Leaving Certificate Examination (including Day School Certificate (Higher) General paper), 1937
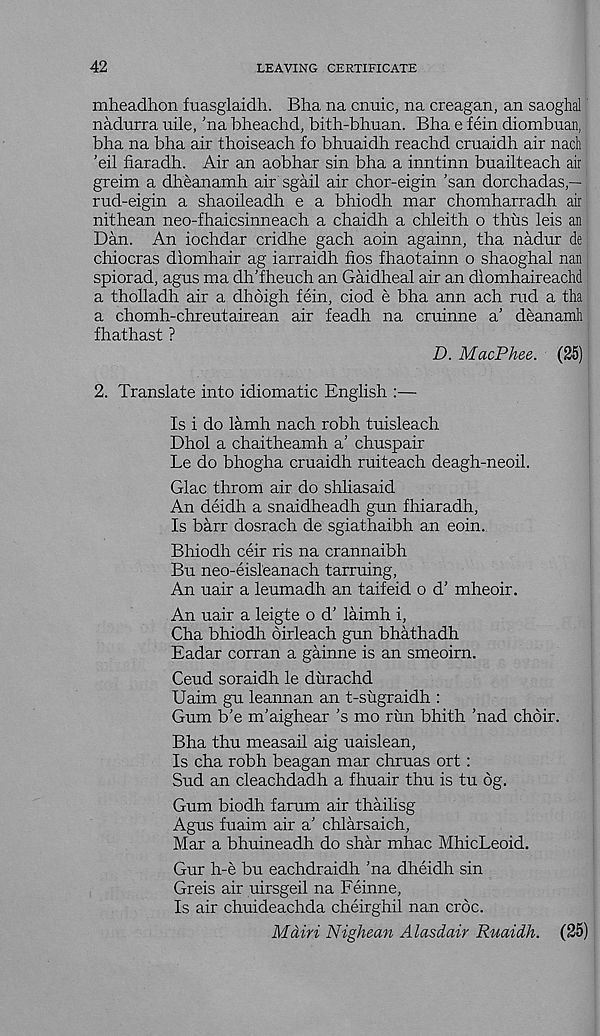
42
LEAVING CERTIFICATE
mheadhon fuasglaidh. Bha na cnuic, na creagan, an saoghal
nadurra uile, ’na bheachd, bith-bhuan. Bha e fein diombuan,
bha na bha air thoiseach fo bhuaidh reachd cruaidh air nach
’eil fiaradh. Air an aobhar sin bha a inntinn buailteach air
greim a dheanamh air sgail air chor-eigin ’san dorchadas,—
rud-eigin a shaoileadh e a bhiodh mar chomharradh air
nithean neo-fhaicsinneach a chaidh a chleith o thus leis an
Dan. An iochdar cridhe gach aoin againn, tha nadur de
chiocras diomhair ag iarraidh fios fhaotainn o shaoghal nan
spiorad, agus ma dh’fheuch an Gaidheal air an diomhaireachd
a tholladh air a dhoigh fein, ciod e bha ann ach rud a tha
a chomh-chreutairean air feadh na cruinne a’ deanamh
fhathast ?
D. MacPhee. (25)
2. Translate into idiomatic English :—
Is i do lamh nach robh tuisleach
Dhol a chaitheamh a’ chuspair
Le do bhogha cruaidh ruiteach deagh-neoil.
Glac throm air do shliasaid
An deidh a snaidheadh gun fhiaradh,
Is barr dosrach de sgiathaibh an coin.
Bhiodh ceir ris na crannaibh
Bu neo-eisl'eanach tarruing,
An uair a leumadh an taifeid o d’ mheoir.
An uair a leigte o d’ laimh i,
Cha bhiodh oirleach gun bhathadh
Eadar corran a gainne is an smeoirn.
Ceud soraidh le durachd
Uaim gu leannan an t-sugraidh :
Gum b’e m’aighear’s mo run bhith ’nad choir.
Bha thu measail aig uaislean,
Is cha robh beagan mar chruas ort:
Sud an cleachdadh a fhuair thu is tu 6g.
Gum biodh farum air thailisg
Agus fuaim air a’ chlarsaich,
Mar a bhuineadh do shar mhac MhicLeoid.
Gur h-e bu eachdraidh ’na dheidh sin
Greis air uirsgeil na Feinne,
Is air chuideachda cheirghil nan croc.
Main Nighean Alasdair Ruaidh. (25)